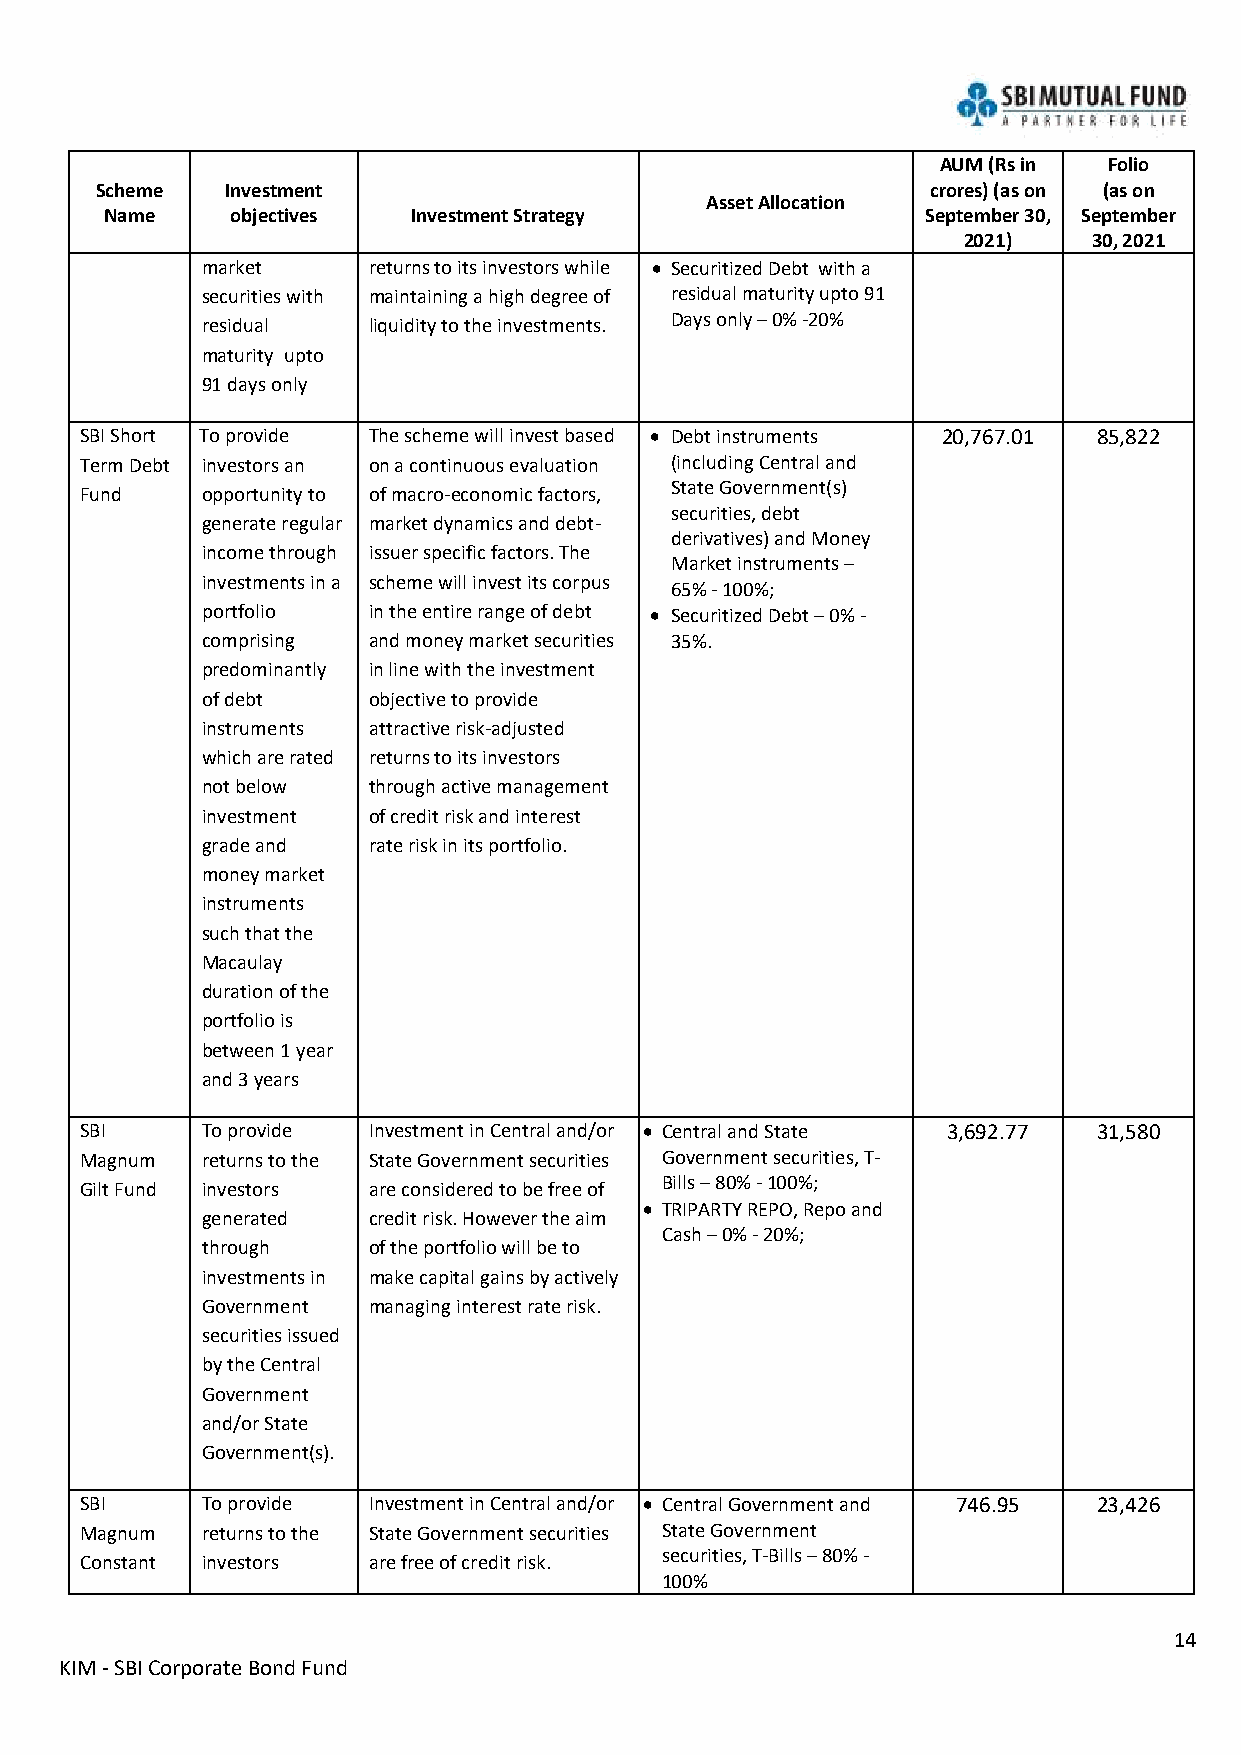
AUM (Rs in Folio
 Scheme   Investment                                     crores) (as on (as on
 Asset Allocation
 Name    objectives  Investment Strategy               September 30, September
 2021)   30, 2021
 market     returns to its investors while • Securitized Debt with a
 securities with maintaining a high degree of residual maturity upto 91
 residual   liquidity to the investments. Days only – 0% -20%
 maturity upto
 91 days only
 SBI Short To provide The scheme will invest based • Debt instruments 20,767.01 85,822
 Term Debt investors an on a continuous evaluation (including Central and
 Fund    opportunity to of macro-economic factors,
 State Government(s)
 securities, debt
 generate regular market dynamics and debt-
 derivatives) and Money
 income through issuer specific factors. The
 Market instruments –
 investments in a scheme will invest its corpus
 65% - 100%;
 portfolio  in the entire range of debt • Securitized Debt – 0% -
 comprising and money market securities 35%.
 predominantly in line with the investment
 of debt    objective to provide
 instruments attractive risk-adjusted
 which are rated returns to its investors
 not below  through active management
 investment of credit risk and interest
 grade and  rate risk in its portfolio.
 money market
 instruments
 such that the
 Macaulay
 duration of the
 portfolio is
 between 1 year
 and 3 years
 SBI     To provide Investment in Central and/or • Central and State 3,692.77 31,580
 Magnum  returns to the State Government securities Government securities, T-
 Gilt Fund investors are considered to be free of
 Bills – 80% - 100%;
 • TRIPARTY REPO, Repo and
 generated  credit risk. However the aim
 Cash – 0% - 20%;
 through    of the portfolio will be to
 investments in make capital gains by actively
 Government managing interest rate risk.
 securities issued
 by the Central
 Government
 and/or State
 Government(s).
 SBI     To provide Investment in Central and/or • Central Government and 746.95 23,426
 Magnum  returns to the State Government securities State Government
 securities, T-Bills – 80% -
 Constant investors are free of credit risk.
 100%
 14
 KIM - SBI Corporate Bond Fund